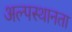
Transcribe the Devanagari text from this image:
अल्पस्थानता